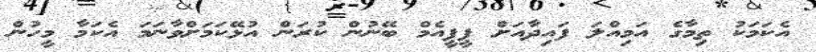
އެކަމަކު ތިމާގެ އަމިއްލަ ފައިދާއަށް ޕީޕީއެމް ބޭނުން ކުރަން އުޅޭކަމަށްވާނަމަ އެކަމާ މީހުން